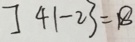
] 4 1 - 2 3 = 1 8